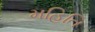
મહિતિ